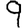
Digit: 9